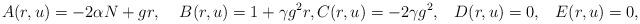
LaTeX: \begin{align*}A(r,u) = - 2\alpha N + g r, \; \; \; \; B(r,u) = 1 + \gamma g^{2} r, C(r,u) = - 2 \gamma g^{2}, \; \; \; D(r,u) = 0, \; \; \; E(r,u)=0, \end{align*}